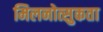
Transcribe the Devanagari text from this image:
मिलनोत्सुकता